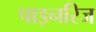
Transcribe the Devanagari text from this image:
पाइनरिज